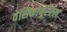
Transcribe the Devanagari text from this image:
वेसिकोयूरेटल